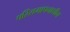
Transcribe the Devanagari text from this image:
परिसमापनाधीन